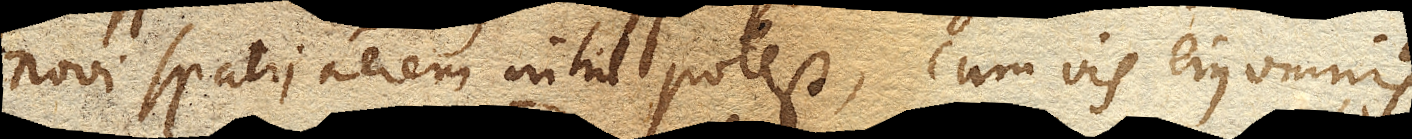
novi spatii aerem nihil potest, cum vis ejus omnis